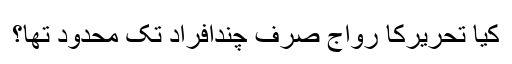
کیا تحریرکا رواج صرف چندافراد تک محدود تھا؟